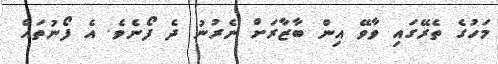
މަހުގެ ތެރޭގައި ވާވޭ އިން ބާޒާރަށް ނެރުނު ދެ ފޯނެވެ. އެ ފޯނުތައް